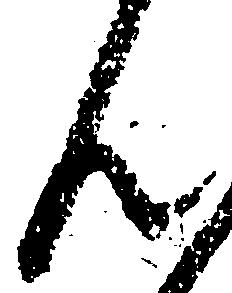
ん